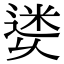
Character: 𨕜